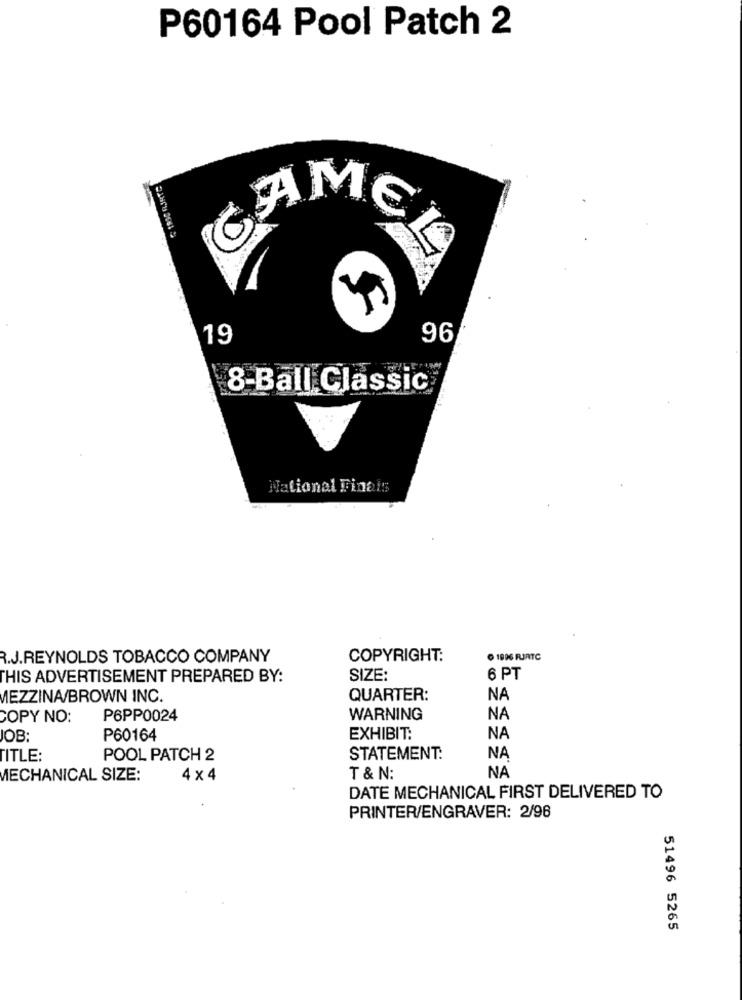
P60164 Pool Patch 2
M
19
96
8-Ball Classic
National Finals
R.J.REYNOLDS TOBACCO COMPANY
COPYRIGHT:
D 1996 RJRTC
THIS ADVERTISEMENT PREPARED BY:
SIZE:
6 PT
MEZZINA/BROWN INC.
QUARTER:
NA
COPY NO:
P6PP0024
WARNING
NA
JOB:
P60164
EXHIBIT:
NA
TITLE:
POOL PATCH 2
STATEMENT:
NA
MECHANICAL SIZE:
4 x 4
T & N:
NA
DATE MECHANICAL FIRST DELIVERED TO
PRINTER/ENGRAVER: 2/96
51496 5265